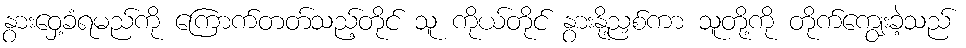
နွားဝှေ့ခံရမည်ကို ကြောက်တတ်သည့်တိုင် သူ ကိုယ်တိုင် နွားနို့ညှစ်ကာ သူတို့ကို တိုက်ကျွေးခဲ့သည်